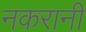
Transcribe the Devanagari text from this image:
नकरानी